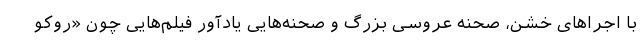
با اجراهای خشن، صحنه عروسی بزرگ و صحنه‌هایی یادآور فیلم‌هایی چون «روکو